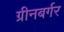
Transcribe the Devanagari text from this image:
ग्रीनबर्गर